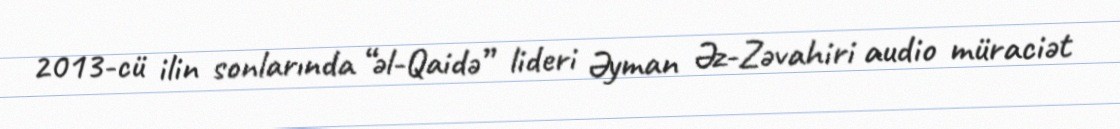
2013-cü ilin sonlarında “əl-Qaidə” lideri Əyman Əz-Zəvahiri audio müraciət